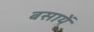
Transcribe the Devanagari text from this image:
बसायें